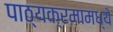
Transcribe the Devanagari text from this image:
पाठ्यक्रमामध्ये